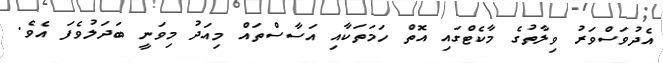
އެދުވަސްވަރު ވިލާތުގެ މާކެޓްގައި އޮތް ހަމަތަކާއި އަސާސްތައް މިއަދު މިވަނީ ބަދަލުވެފަ އެވެ.